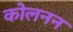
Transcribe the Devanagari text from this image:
कोलनन